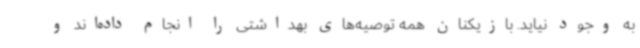
به وجود نیاید. بازیکنان همه توصیه‌های بهداشتی را انجام داده‌اند و